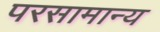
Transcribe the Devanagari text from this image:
परसामान्य